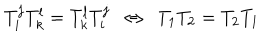
T _ { i } ^ { j } T _ { k } ^ { l } = T _ { k } ^ { l } T _ { i } ^ { j } \ \ \Leftrightarrow \ \ T _ { 1 } T _ { 2 } = T _ { 2 } T _ { 1 }